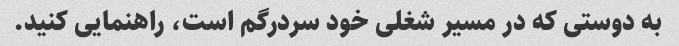
به دوستی که در مسیر شغلی خود سردرگم است، راهنمایی کنید.